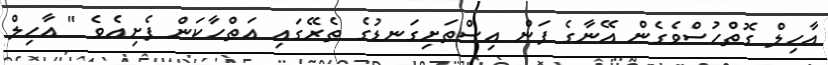
އާހިލް ގޮތްހުސްވެގެން އޭނާގެ ފަން އިސްތަށިގަނޑުގެ ތެރޭގައި އަތްހާކަން ފެށިއެވެ " އާހިލް